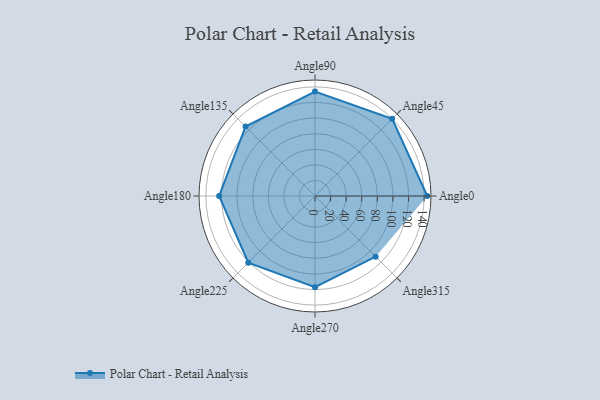
{"axis": {"x": "Angle", "y": "Radius"}, "legend": [""], "data": [{"x": "Angle0", "y": 144.0, "type": ""}, {"x": "Angle45", "y": 140.0, "type": ""}, {"x": "Angle90", "y": 134.0, "type": ""}, {"x": "Angle135", "y": 126.0, "type": ""}, {"x": "Angle180", "y": 123.0, "type": ""}, {"x": "Angle225", "y": 121.0, "type": ""}, {"x": "Angle270", "y": 117.0, "type": ""}, {"x": "Angle315", "y": 110.0, "type": ""}]}